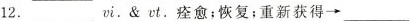
12._______vi.&ct.痊愈；恢复；重新获得→